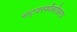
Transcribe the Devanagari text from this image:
नाट्यस्पर्धेबरोबरच